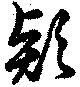
款